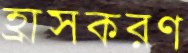
হ্রাসকরণ